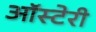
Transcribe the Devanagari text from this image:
ऑस्टेरी